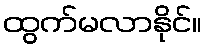
ထွက်မလာနိုင်။